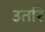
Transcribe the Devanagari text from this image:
उतरि